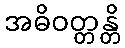
အဓိဝတ္တန္တိ